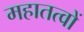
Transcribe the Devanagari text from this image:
महातत्वों